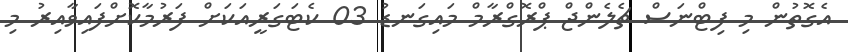
އެގޮތުން މި ފިޓްނަސް ޗެލެންޖް ޕްރޮގްރާމް މައިގަނޑު 03 ކެޓަގަރީއަކަށް ފަރުމާކޮށްފައިވާއިރު މި